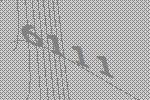
6111